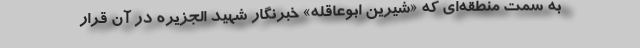
به سمت منطقه‌ای که «شیرین ابوعاقله» خبرنگار شهید الجزیره در آن قرار